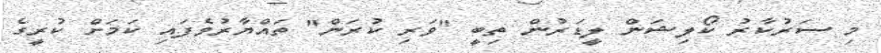
މި ސަރުކާރު ކޯލިޝަން ލީޑަރުން ތިބީ "ވަރި ކުރަން" ތައްޔާރުވެފައި ކަމަށް ކުރީގެ